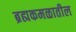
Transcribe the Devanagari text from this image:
ब्रह्मकमळातील